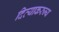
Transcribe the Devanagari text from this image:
दिव्याकरुन्य